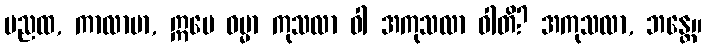
မညထ, ကာလာမာ, ဣမေ ဓမ္မာ ကုသလာ ဝါ အကုသလာ ဝါတိ? အကုသလာ, ဘန္တေ။